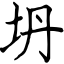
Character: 坍